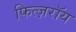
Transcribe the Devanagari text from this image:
फित्ज़रॉय